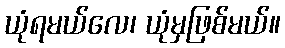
ယုံရမယ်လေ၊ ယုံမှဖြစ်မယ်။